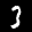
Label: 3